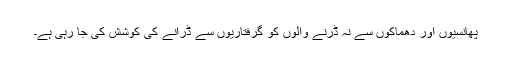
پھانسیوں اور دھماکوں سے نہ ڈرنے والوں کو گرفتاریوں سے ڈرانے کی کوشش کی جا رہی ہے۔